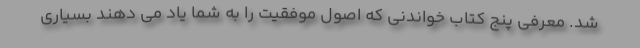
شد. معرفی پنج کتاب خواندنی که اصول موفقیت را به شما یاد می دهند بسیاری